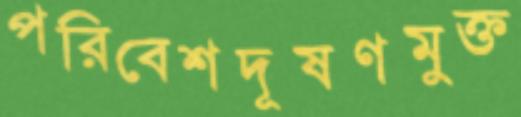
পরিবেশদূষণমুক্ত